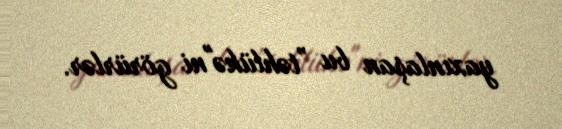
yaxınlaşan bu ”təhlükə"ni görürlər.